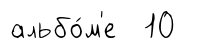
альбо́м'е 10